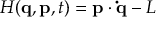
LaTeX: H ( \mathbf { q } , \mathbf { p } , t ) = \mathbf { p } \cdot \mathbf { \dot { q } } - L